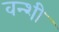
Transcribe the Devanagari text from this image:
वन्शी